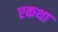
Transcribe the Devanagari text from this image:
एकथा